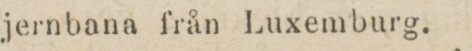
jernbana från Luxemburg.